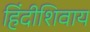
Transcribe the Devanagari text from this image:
हिंदीशिवाय